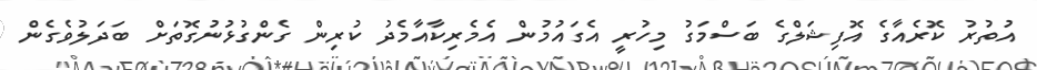
އުތުރު ކޮރެއާގެ އޮފިޝަލްގެ ބަސްމަގު މިހުރީ އެގައުމުން އެމެރިކާއާމެދު ކުރިން ގެންގުޅުނުގޮތަށް ބަދަލުވެގެން